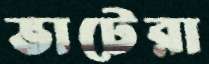
ভাটেরা